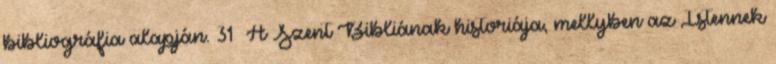
bibliográfia alapján. 31 A Szent Bibliának historiája, mellyben az Istennek